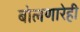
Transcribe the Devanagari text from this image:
बोलणारेही